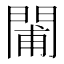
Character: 𨴪